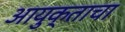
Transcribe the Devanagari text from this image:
आयुक्ताचा